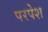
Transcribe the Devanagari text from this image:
परपेश